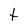
Character: t